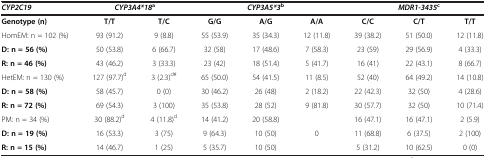
<table><thead><tr><td><b><i>CYP2C19</i></b></td><td colspan="2"><b><i>CYP3A4*18</i><sup>a</sup></b></td><td colspan="3"><b><i>CYP3A5*3</i><sup>b</sup></b></td><td colspan="3"><b><i>MDR1-3435</i><sup>c</sup></b></td></tr></thead><tbody><tr><td><b>Genotype (n)</b></td><td><b>T/T</b></td><td><b>T/C</b></td><td><b>G/G</b></td><td><b>A/G</b></td><td><b>A/A</b></td><td><b>C/C</b></td><td><b>C/T</b></td><td><b>T/T</b></td></tr><tr><td>HomEM: n = 102 (%)</td><td>93 (91.2)</td><td>9 (8.8)</td><td>55 (53.9)</td><td>35 (34.3)</td><td>12 (11.8)</td><td>39 (38.2)</td><td>51 (50.0)</td><td>12 (11.8)</td></tr><tr><td><b>D: n = 56 (%)</b></td><td>50 (53.8)</td><td>6 (66.7)</td><td>32 (58)</td><td>17 (48.6)</td><td>7 (58.3)</td><td>23 (59)</td><td>29 (56.9)</td><td>4 (33.3)</td></tr><tr><td><b>R: n = 46 (%)</b></td><td>43 (46.2)</td><td>3 (33.3)</td><td>23 (42)</td><td>18 (51.4)</td><td>5 (41.7)</td><td>16 (41)</td><td>22 (43.1)</td><td>8 (66.7)</td></tr><tr><td>HetEM: n = 130 (%)</td><td>127 (97.7)<sup>d</sup></td><td>3 (2.3)<sup>d#</sup></td><td>65 (50.0)</td><td>54 (41.5)</td><td>11 (8.5)</td><td>52 (40)</td><td>64 (49.2)</td><td>14 (10.8)</td></tr><tr><td><b>D: n = 58 (%)</b></td><td>58 (45.7)</td><td>0 (0)</td><td>30 (46.2)</td><td>26 (48)</td><td>2 (18.2)</td><td>22 (42.3)</td><td>32 (50)</td><td>4 (28.6)</td></tr><tr><td><b>R: n = 72 (%)</b></td><td>69 (54.3)</td><td>3 (100)</td><td>35 (53.8)</td><td>28 (52)</td><td>9 (81.8)</td><td>30 (57.7)</td><td>32 (50)</td><td>10 (71.4)</td></tr><tr><td>PM: n = 34 (%)</td><td>30 (88.2)<sup>d</sup></td><td>4 (11.8)<sup>d</sup></td><td>14 (41.2)</td><td>20 (58.8)</td><td> </td><td>16 (47.1)</td><td>16 (47.1)</td><td>2 (5.9)</td></tr><tr><td><b>D: n = 19 (%)</b></td><td>16 (53.3)</td><td>3 (75)</td><td>9 (64.3)</td><td>10 (50)</td><td>0</td><td>11 (68.8)</td><td>6 (37.5)</td><td>2 (100)</td></tr><tr><td><b>R: n = 15 (%)</b></td><td>14 (46.7)</td><td>1 (25)</td><td>5 (35.7)</td><td>10 (50)</td><td> </td><td>5 (31.2)</td><td>10 (62.5)</td><td>0 (0)</td></tr></tbody></table>